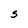
Character: S